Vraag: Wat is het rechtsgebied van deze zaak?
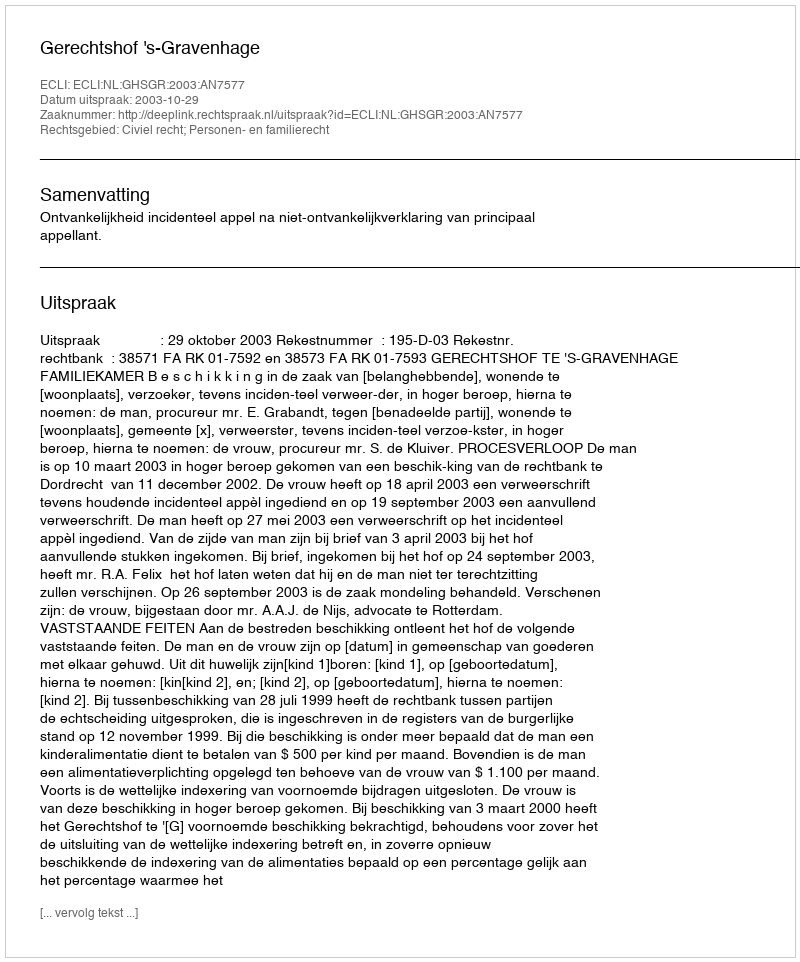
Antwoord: Civiel recht; Personen- en familierecht